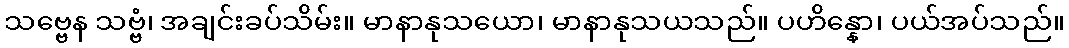
သဗ္ဗေန သဗ္ဗံ၊ အချင်းခပ်သိမ်း။ မာနာနုသယော၊ မာနာနုသယသည်။ ပဟိန္နော၊ ပယ်အပ်သည်။